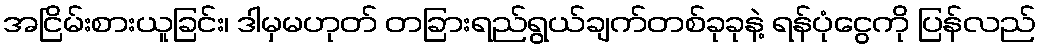
အငြိမ်းစားယူခြင်း၊ ဒါမှမဟုတ် တခြားရည်ရွယ်ချက်တစ်ခုခုနဲ့ ရန်ပုံငွေကို ပြန်လည်